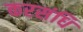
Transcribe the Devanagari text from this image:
करसंधि